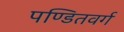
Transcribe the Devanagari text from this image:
पण्डितवर्ग